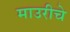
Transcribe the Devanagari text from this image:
माउरीचे